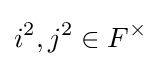
i^{2},j^{2}\in F^{\times }